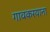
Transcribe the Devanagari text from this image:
गावकरयाना